DOW-UAP-D6, Mission Report, Arabian Gulf, 2020
Agency: Department of War
Incident location: Pacific Ocean
Page 1
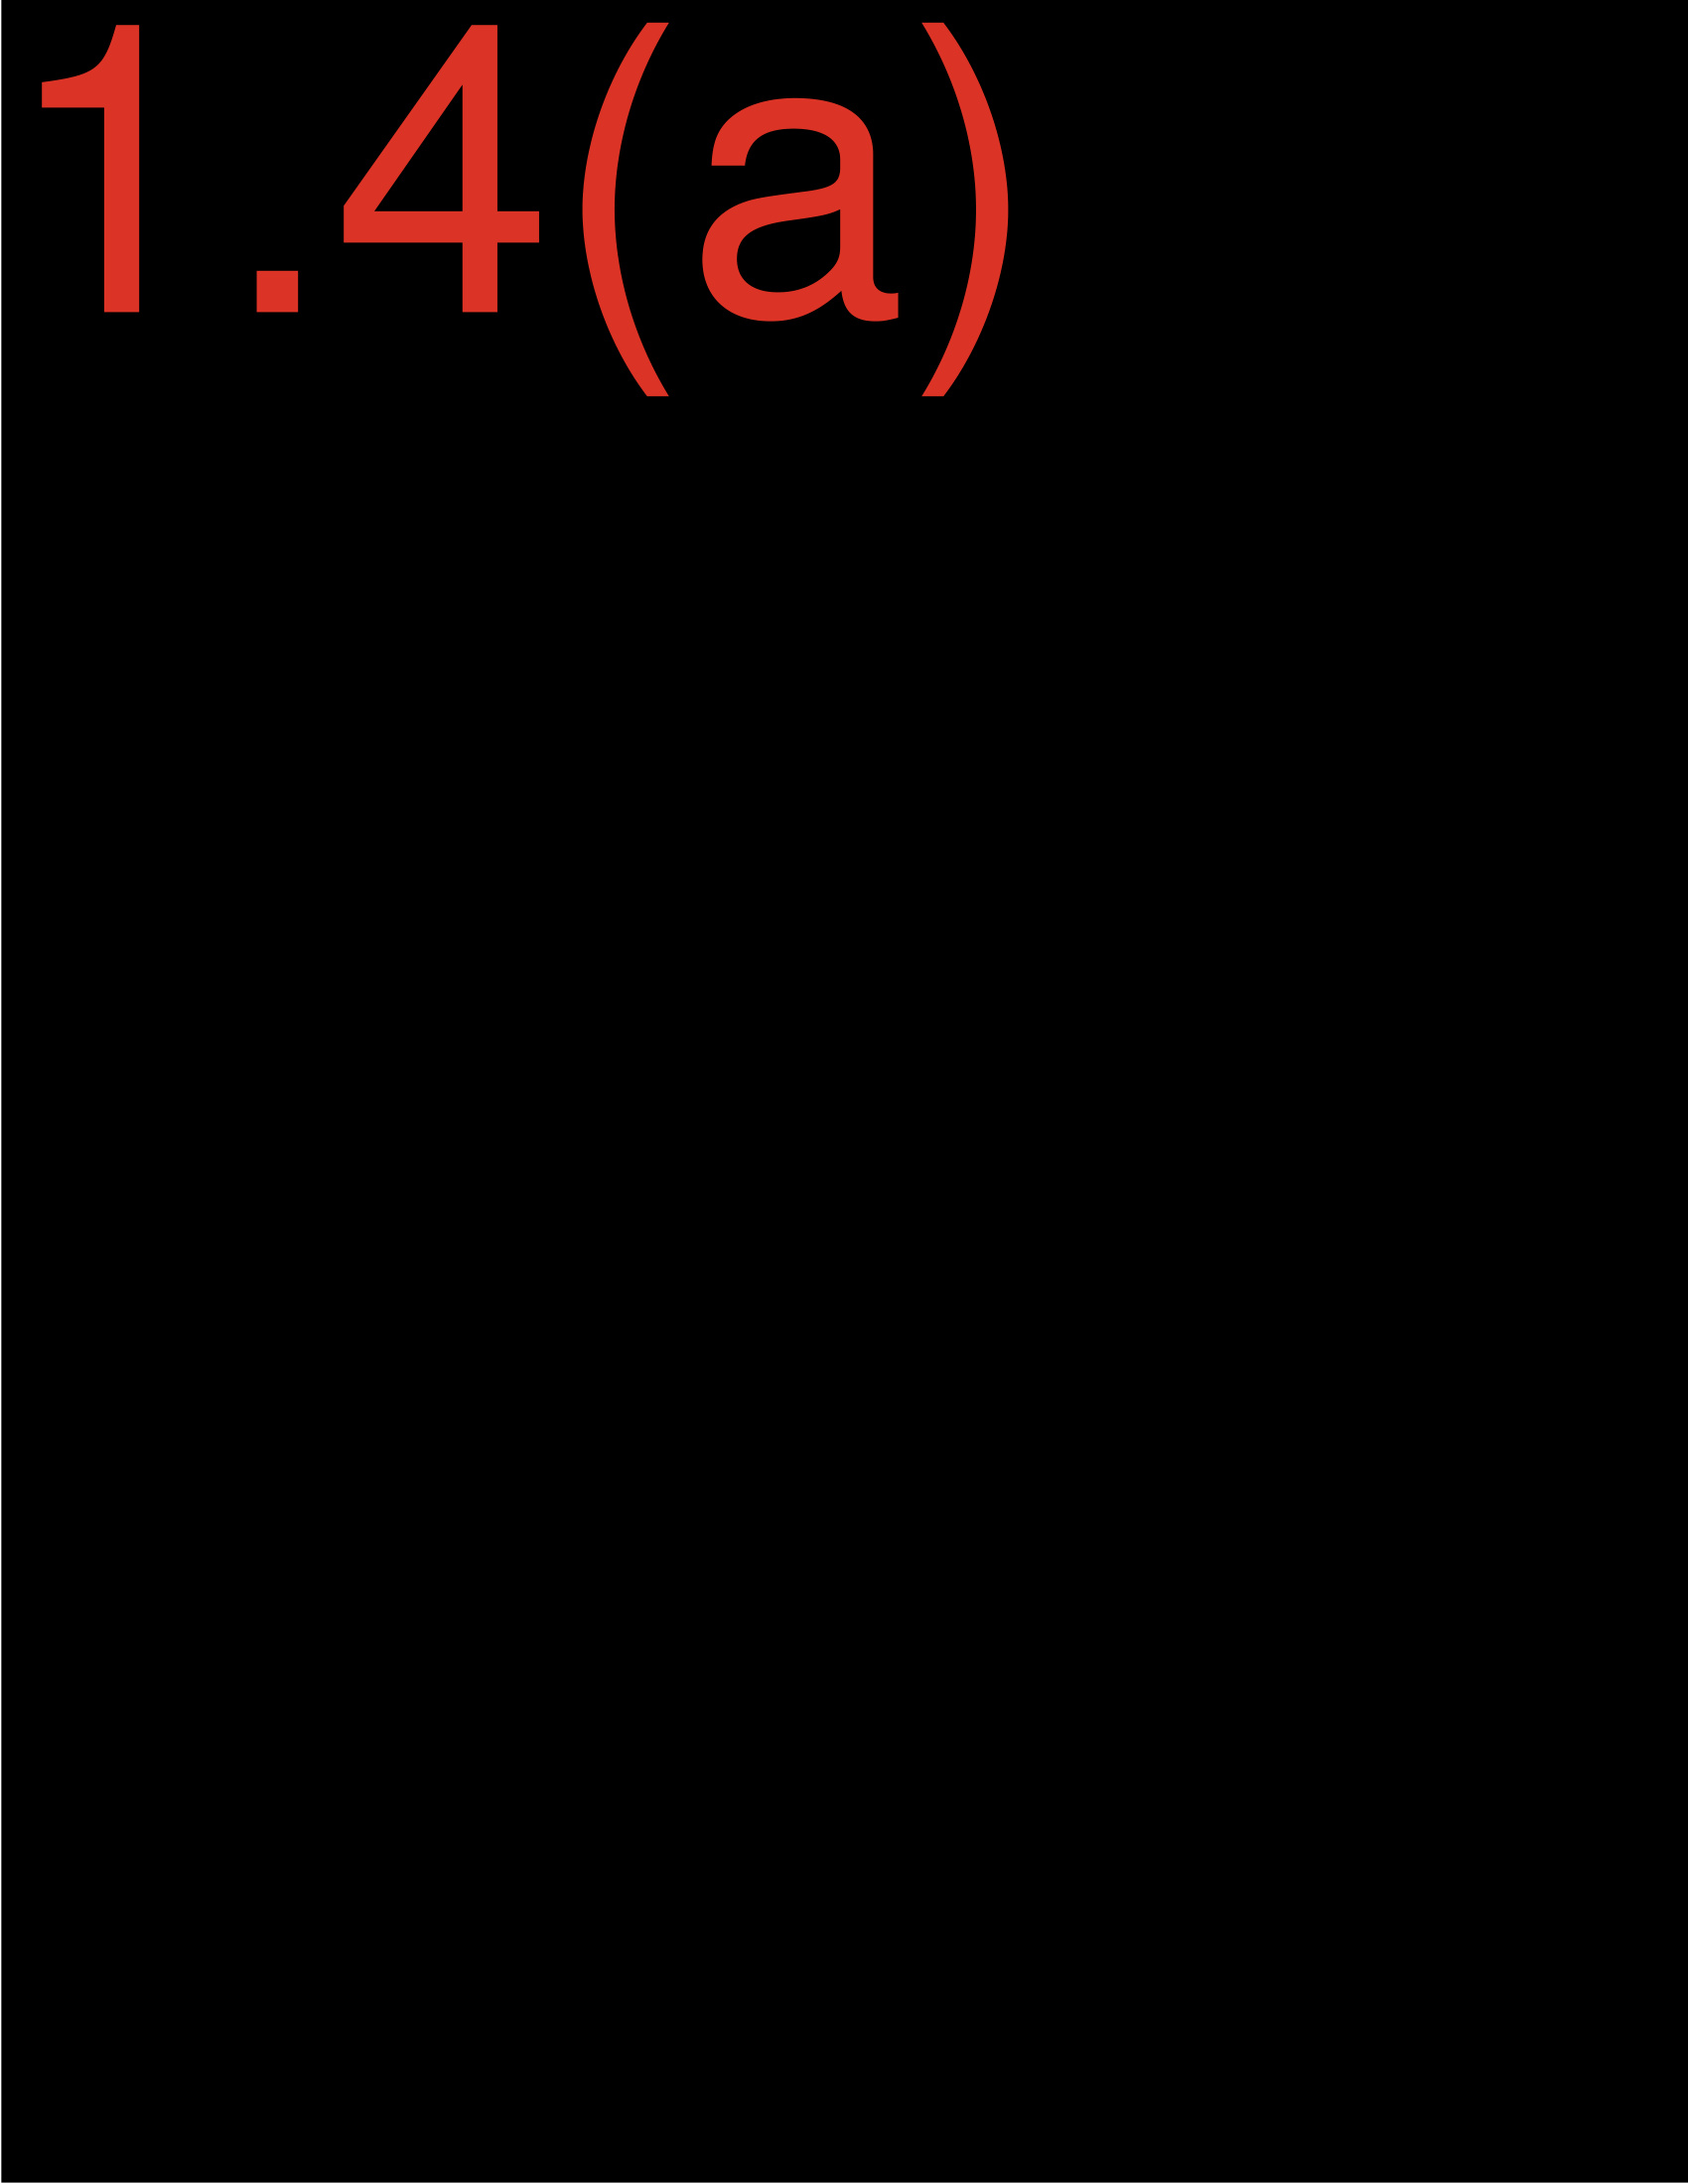